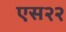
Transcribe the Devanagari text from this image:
एस२२